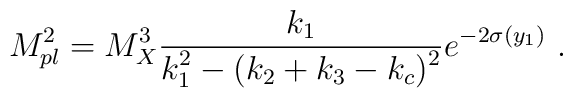
M_{pl}^2 = {M_X^3} {{k_1}\over\displaystyle {k_1^2- (k_2 + k_3 -k_c)^2}} e^{-2\sigma(y_1)}~.~\,